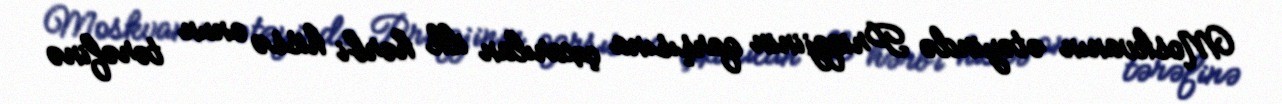
Moskvanın ətəyində Priqojinin qarşısına çıxarılan ilk hərbi hissə onun tərəfinə